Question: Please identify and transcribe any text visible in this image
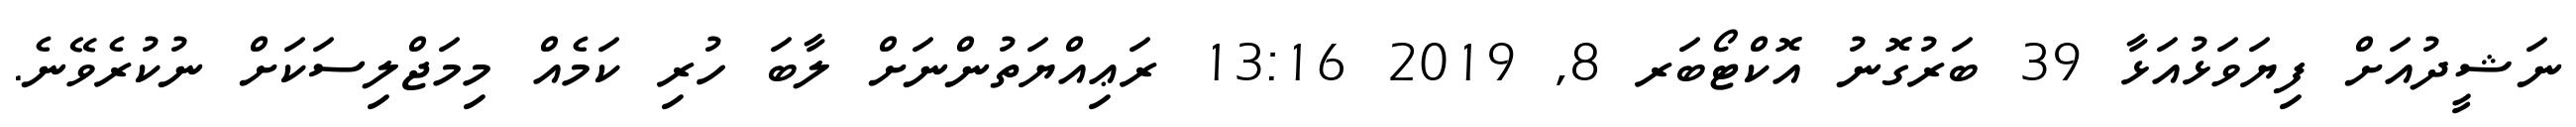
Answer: ނަޝީދުއަށް ފިޔަވަޅުއަޅާ 39 ބަރުގޮނު އޮކްޓޯބަރ 8, 2019 13:16 ރަޢިއްޔަތުންނަށް ލާބަ ހުރި ކަމެއް މިމަޖްލިސަކަށް ނުކުރެވޭނެ.